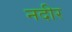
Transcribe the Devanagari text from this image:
नदीर